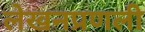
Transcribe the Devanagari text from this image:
लेखनप्रणली